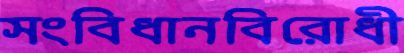
সংবিধানবিরোধী